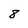
Character: 8